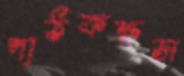
পাঠকক্ষস